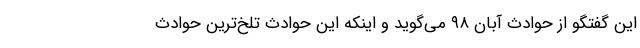
این گفتگو از حوادث آبان ۹۸ می‌گوید و اینکه این حوادث تلخ‌ترین حوادث